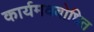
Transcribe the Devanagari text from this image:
कार्यमवबोधित